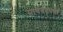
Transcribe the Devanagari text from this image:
साचेबंदपणा